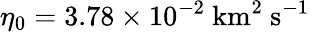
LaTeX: \eta_{0}=3.78\times 10^{-2}\ \mathrm{km^{2}\ s^{-1}}